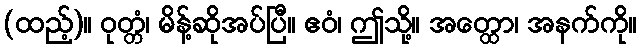
(ထည့်)။ ဝုတ္တံ၊ မိန့်ဆိုအပ်ပြီ။ ဧဝံ၊ ဤသို့။ အတ္ထော၊ အနက်ကို။